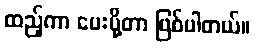
ထည့်ကာ ပေးပို့တာ ဖြစ်ပါတယ်။